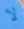
لا